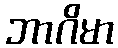
ဘာဂိမာ